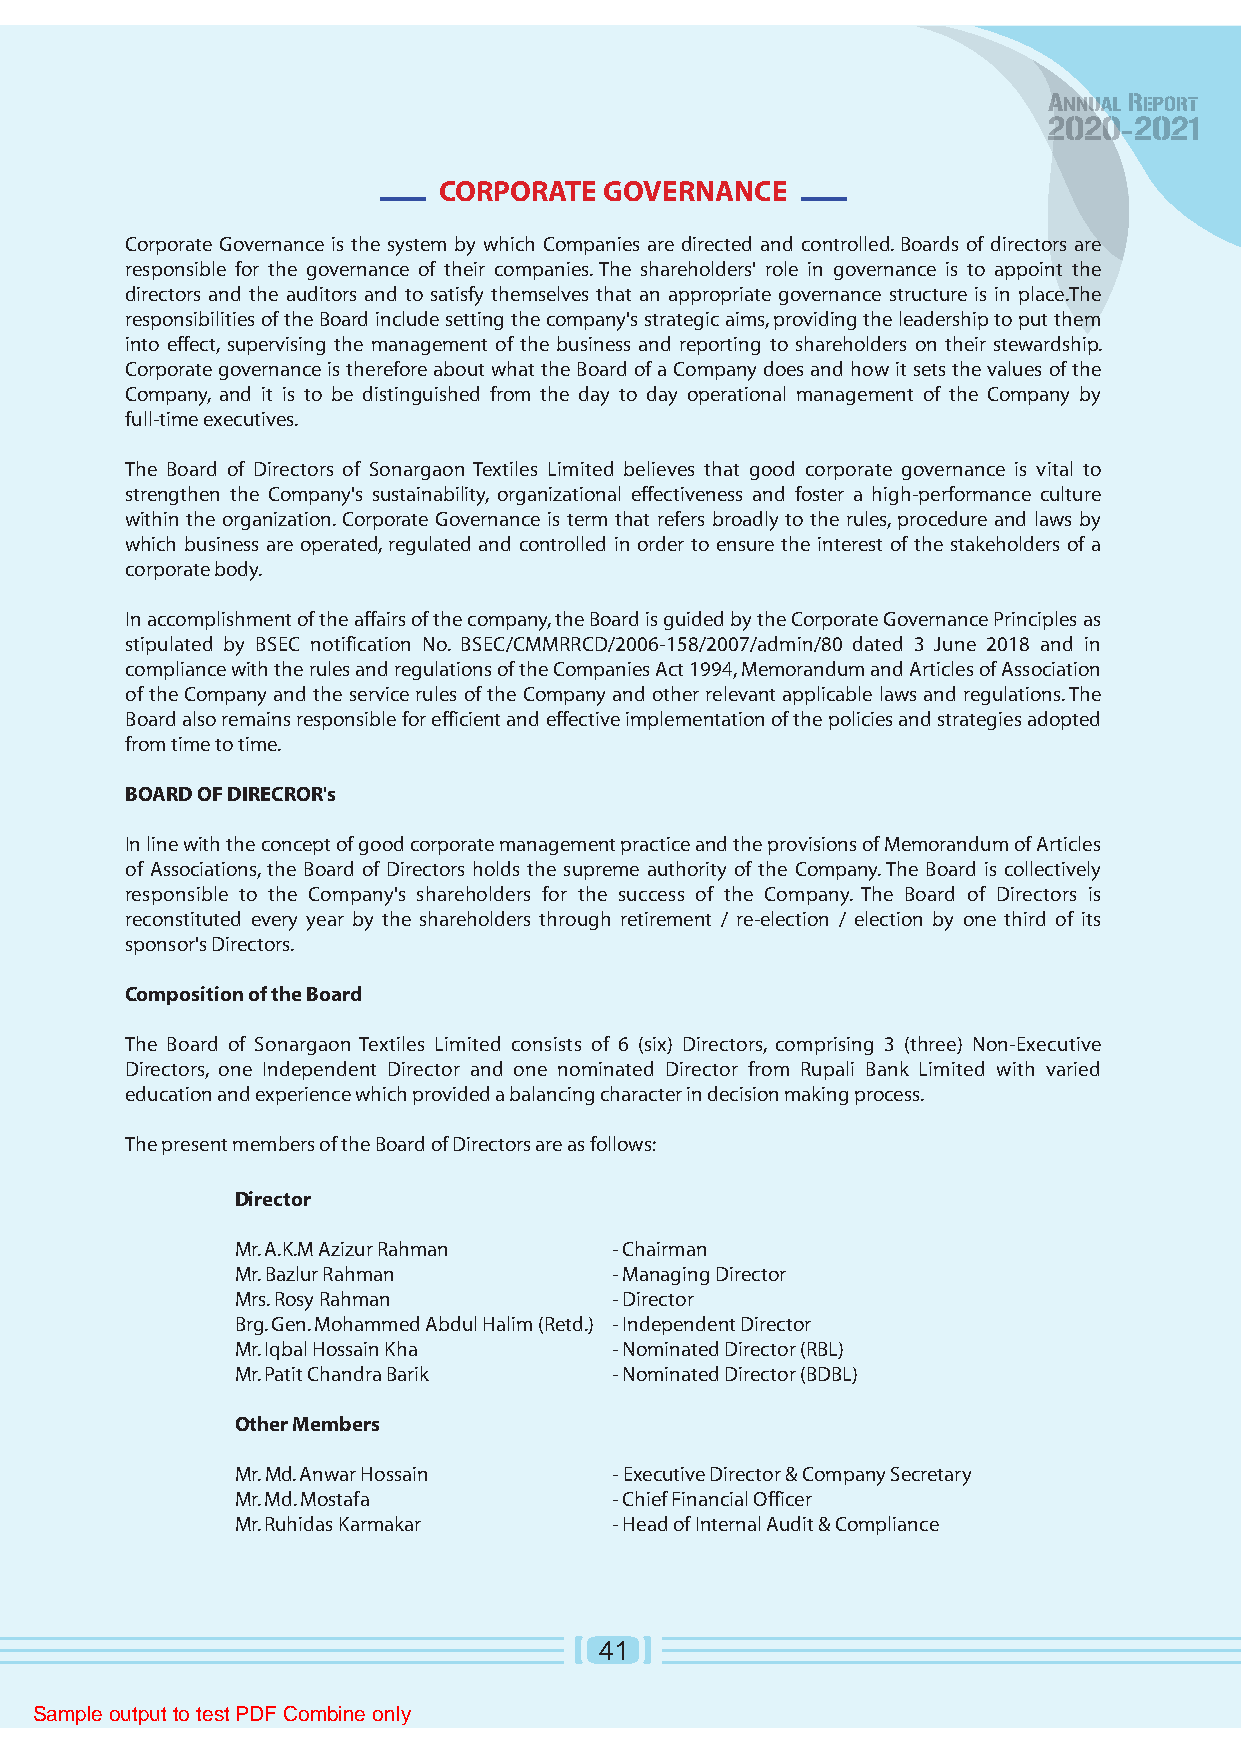
CORPORATE  GOVERNANCE
 Corporate Governance is the system by which Companies are directed and controlled. Boards of directors are
 responsible for the governance of their companies. The shareholders' role in governance is to appoint the
 directors and the auditors and to satisfy themselves that an appropriate governance structure is in place.The
 responsibilities of the Board include setting the company's strategic aims, providing the leadership to put them
 into effect, supervising the management of the business and reporting to shareholders on their stewardship.
 Corporate governance is therefore about what the Board of a Company does and how it sets the values of the
 Company, and it is to be distinguished from the day to day operational management of the Company by
 full-time executives.
 The Board of Directors of Sonargaon Textiles Limited believes that good corporate governance is vital to
 strengthen the Company's sustainability, organizational effectiveness and foster a high-performance culture
 within the organization. Corporate Governance is term that refers broadly to the rules, procedure and laws by
 which business are operated, regulated and controlled in order to ensure the interest of the stakeholders of a
 corporate body.
 In accomplishment of the affairs of the company, the Board is guided by the Corporate Governance Principles as
 stipulated by BSEC notification No. BSEC/CMMRRCD/2006-158/2007/admin/80 dated 3 June 2018 and in
 compliance with the rules and regulations of the Companies Act 1994, Memorandum and Articles of Association
 of the Company and the service rules of the Company and other relevant applicable laws and regulations. The
 Board also remains responsible for efficient and effective implementation of the policies and strategies adopted
 from time to time.
 BOARD OF DIRECROR's
 In line with the concept of good corporate management practice and the provisions of Memorandum of Articles
 of Associations, the Board of Directors holds the supreme authority of the Company. The Board is collectively
 responsible to the Company's shareholders for the success of the Company. The Board of Directors is
 reconstituted every year by the shareholders through retirement / re-election / election by one third of its
 sponsor's Directors.
 Composition of the Board
 The Board of Sonargaon Textiles Limited consists of 6 (six) Directors, comprising 3 (three) Non-Executive
 Directors, one Independent Director and one nominated Director from Rupali Bank Limited with varied
 education and experience which provided a balancing character in decision making process.
 The present members of the Board of Directors are as follows:
 Director
 Mr. A.K.M Azizur Rahman - Chairman
 Mr. Bazlur Rahman       - Managing Director
 Mrs. Rosy Rahman        - Director
 Brg. Gen. Mohammed Abdul Halim (Retd.) - Independent Director
 Mr. Iqbal Hossain Kha   - Nominated Director (RBL)
 Mr. Patit Chandra Barik - Nominated Director (BDBL)
 Other Members
 Mr. Md. Anwar Hossain    - Executive Director & Company Secretary
 Mr. Md. Mostafa         - Chief Financial Officer
 Mr. Ruhidas Karmakar    - Head of Internal Audit & Compliance
 41
 Sample output to test PDF Combine only